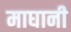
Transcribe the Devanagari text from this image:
माघानी